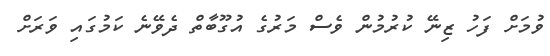
ވުމަށް ފަހު ޒިނޭ ކުރުމުން ވެސް މަރުގެ އުގޫބާތް ދެވޭނެ ކަމުގައި ވަރަށް